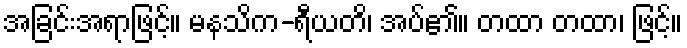
အခြင်းအရာဖြင့်။ မနသိက-ရီယတိ၊ အပ်၏။ တထာ တထာ၊ ဖြင့်။